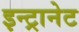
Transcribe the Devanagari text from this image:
इन्ट्रानेट